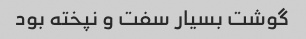
گوشت بسیار سفت و نپخته بود